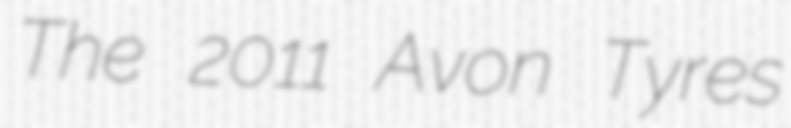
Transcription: The 2011 Avon Tyres